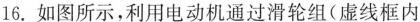
16.如图所示，利用电动机通过滑轮组(虚线框内